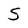
Character: S